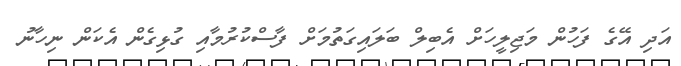
އަދި އޭގެ ފަހުން މަޖިލީހަށް އެބިލް ބަލައިގަތުމަށް ފާސްކުރުމާއި ގުޅިގެން އެކަން ނިހާނު